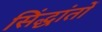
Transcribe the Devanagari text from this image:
सिंद्धांतों